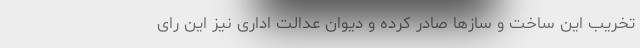
تخریب این ساخت و ساز‌ها صادر کرده و دیوان عدالت اداری نیز این رای